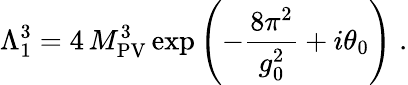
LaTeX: \Lambda_{1}^{3}=4\, M_{\mathrm{PV}}^{3}\exp\left(-\frac{8\pi^{2}}{g_{0}^{2}}+i\theta_{0}\right)\; .